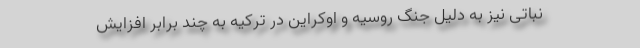
نباتی نیز به دلیل جنگ روسیه و اوکراین در ترکیه به چند برابر افزایش